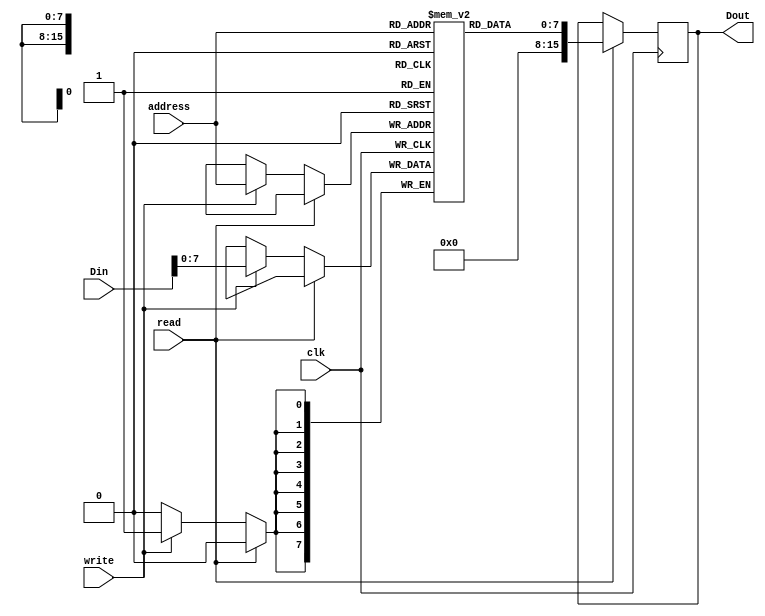
module DMemory(
	input wire clk,
	input wire write,
	input wire read,
	input wire [15:0] Din,
	input wire [15:0] address,
	output wire [15:0] Dout
	); 
	
	reg [7:0] memory [0:65535];
	reg [15:0] d;
	
	assign Dout = d;
	
	always @(posedge clk) begin
		if (read) d = {8'd0,memory[address]};
		else if (write) memory[address] = Din[7:0];
	end
	
	
endmodule